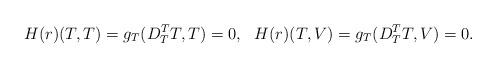
LaTeX: \begin{align*}H(r)(T,T)=g_T(D^T_TT,T)=0,\ \ H(r)(T,V)=g_T(D^T_TT,V)=0.\end{align*}